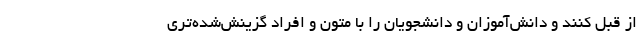
از قبل کنند و دانش‌آموزان و دانشجویان را با متون و افراد گزینش‌شده‌تری